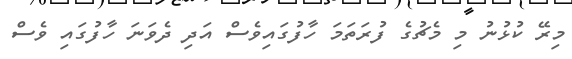
މިރޭ ކުޅުނު މި މެޗުގެ ފުރަތަމަ ހާފުގައިވެސް އަދި ދެވަނަ ހާފުގައި ވެސް